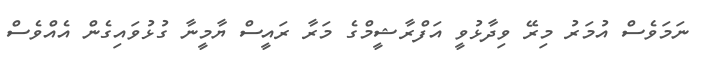
ނަމަވެސް އުމަރު މިރޭ ވިދާޅުވީ އަފްރާޝީމްގެ މަރާ ރައީސް ޔާމީނާ ގުޅުވައިގެން އެއްވެސް